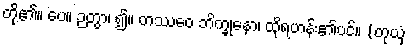
တို့၏။ ပေ။ ဉတွာ၊ ၍။ တဿေဝ ဘိက္ခုနော၊ ထိုရဟန်း၏ပင်။ (တုယှံ